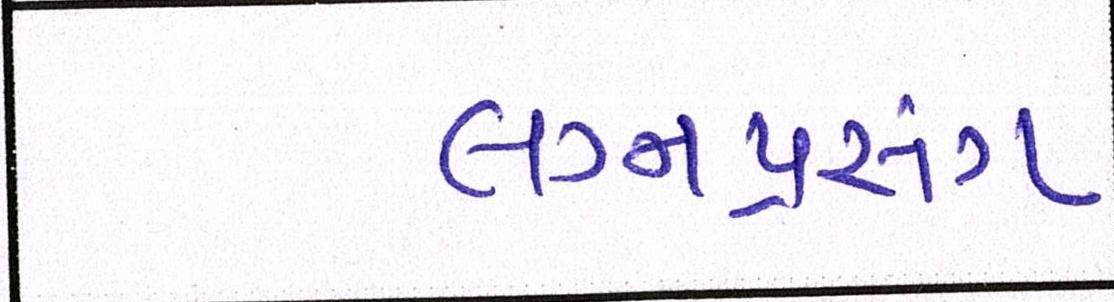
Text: લગ્નપ્રસંગ